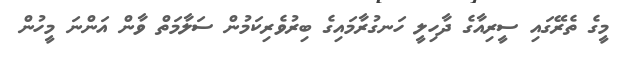
މީގެ ތެރޭގައި ސީރިއާގެ ދާހިލީ ހަނގުރާމައިގެ ބިރުވެރިކަމުން ސަލާމަތް ވާން އަންނަ މީހުން